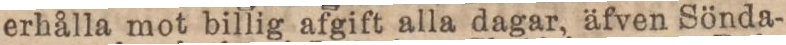
erhålla mot billig afgift alla dagar, äfven Sönda-